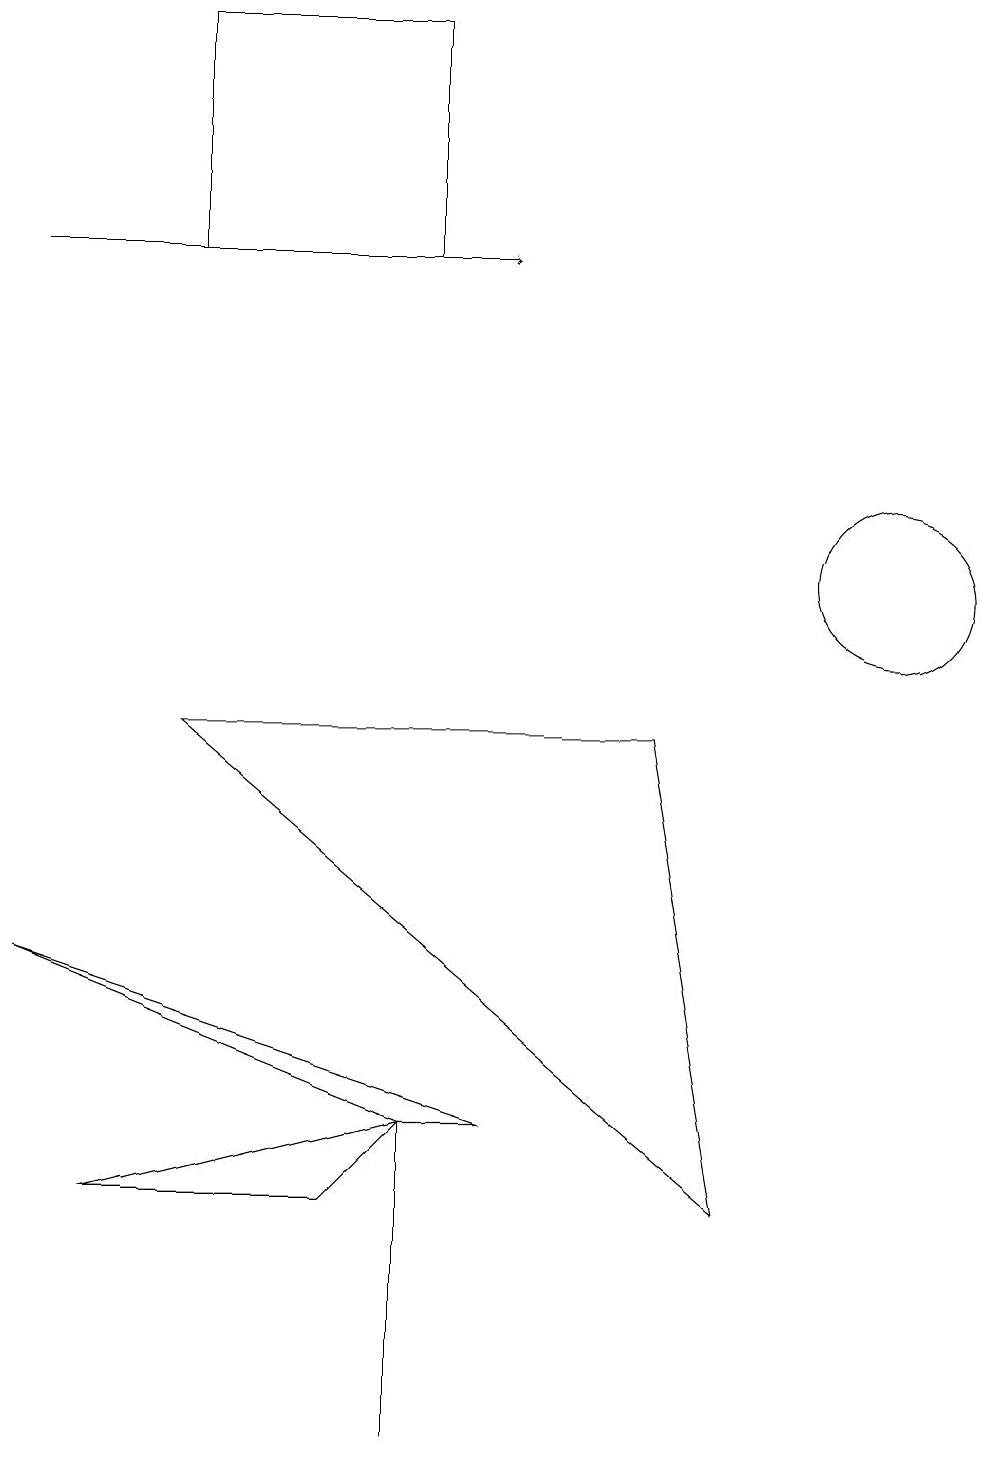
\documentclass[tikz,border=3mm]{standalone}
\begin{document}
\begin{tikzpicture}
\draw (0,6) -- (6,4) -- (5,4) -- cycle;
\draw (5,3) -- (5,0) -- (5,4) -- cycle;
\draw (2,18) rectangle (5,15);
\draw (9,3) -- (2,9) -- (8,9) -- cycle;
\draw (5,4) -- (4,3) -- (1,3) -- cycle;
\draw (11,11) circle (1);
\draw[->] (0,15) -- (6,15);
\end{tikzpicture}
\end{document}